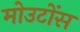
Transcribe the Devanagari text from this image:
मोउटोंस